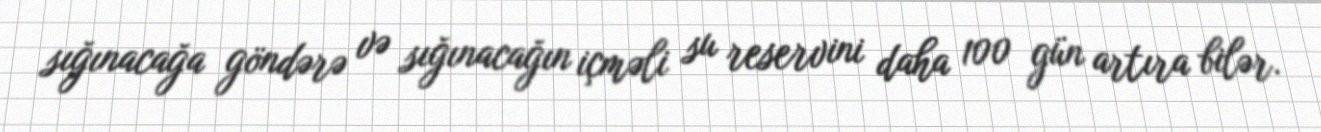
sığınacağa göndərə və sığınacağın içməli su reservini daha 100 gün artıra bilər.